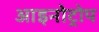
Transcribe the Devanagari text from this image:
आइनोट्रोप